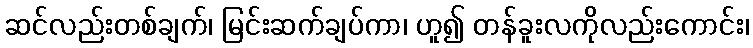
ဆင်လည်းတစ်ချက်၊ မြင်းဆက်ချပ်ကာ၊ ဟူ၍ တန်ခူးလကိုလည်းကောင်း၊